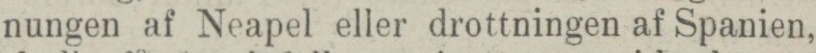
nungen af Neapel eller drottningen af Spanien,